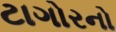
ટાગોરનો